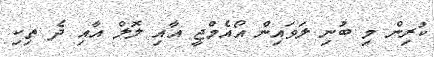
ކުރިން މި ބުނި ލަވައިން އޯއެމްޖީ އާއި ލޮލް އާއި ދެ ތިކި